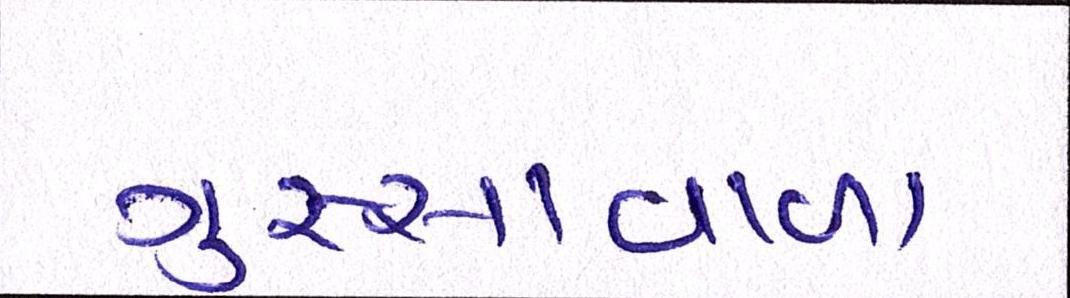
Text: ગુસ્સાવાળા